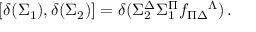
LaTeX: { } [ \delta ( \Sigma _ { 1 } ) , \delta ( \Sigma _ { 2 } ) ] = \delta ( \Sigma _ { 2 } ^ { \Delta } \Sigma _ { 1 } ^ { \Pi } f _ { \Pi \Delta } { } ^ { \Lambda } ) \, .